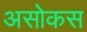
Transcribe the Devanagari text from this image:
असोकस